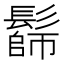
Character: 𩮭